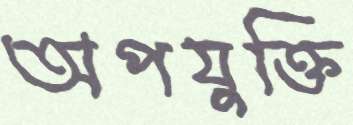
অপযুক্তি